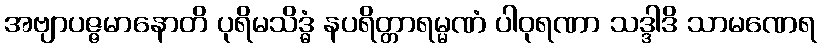
အဗျာပဇ္ဇမာနောတိ ပုရိမသိဒ္ဓံ နပရိတ္တာရမ္မဏံ ပါဝုရဏာ သဒ္ဒါဒိ သာမဏေရ